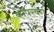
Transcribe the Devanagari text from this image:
कॉपरबर्ग